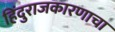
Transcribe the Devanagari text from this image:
हिंदुराजकारणाचा